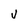
Character: V